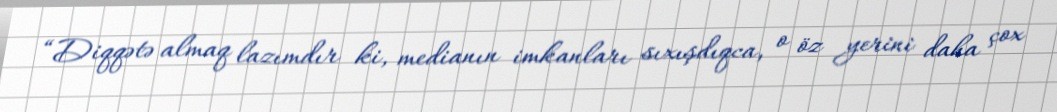
“Diqqətə almaq lazımdır ki, medianın imkanları sıxışdıqca, o öz yerini daha çox